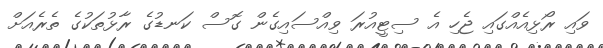
ވައި ރޯޅިއެއްގައި ޖެހި އެ ސިޓީއުރަ ވިއްސައިގެން ގޮސް ކަނޑުގެ ރާޅުތަކުގެ ތެރެއަށް